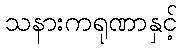
သနားကရုဏာနှင့်